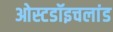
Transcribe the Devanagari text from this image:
ओस्टडॉइचलांड